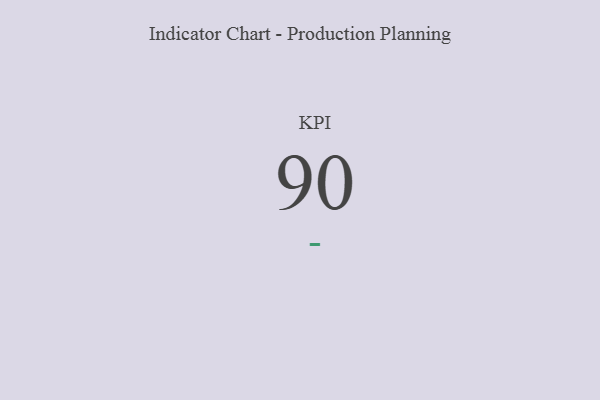
{"axis": {"x": "KPI", "y": "Value"}, "legend": [""], "data": [{"x": "KPI", "y": 90, "type": ""}]}